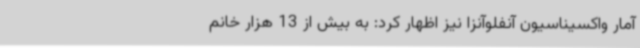
آمار واکسیناسیون آنفلوآنزا نیز اظهار کرد: به بیش از 13 هزار خانم